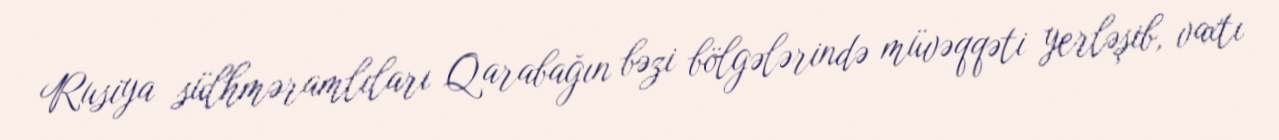
Rusiya sülhməramlıları Qarabağın bəzi bölgələrində müvəqqəti yerləşib, vaxtı